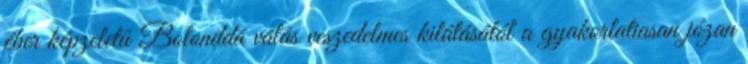
éber képzeletû Bolonddá válás veszedelmes kilátásától a gyakorlatiasan józan